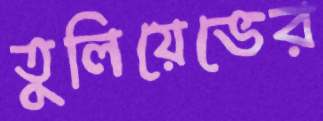
তুলিয়েভের